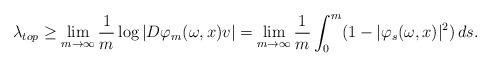
LaTeX: \begin{align*}\lambda_{top} &\geq \lim_{m \rightarrow \infty} \frac{1}{m} \log | D \varphi_m(\omega,x)v| = \lim_{m \rightarrow \infty} \frac{1}{m} \int_0^m (1 - |\varphi_s(\omega,x)|^2) \, ds.\end{align*}